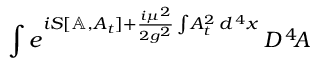
\int e ^ { i S [ \mathbb { A } , A _ { t } ] + { \frac { i \mu ^ { 2 } } { 2 g ^ { 2 } } } \int \! A _ { t } ^ { 2 } \, d ^ { \, 4 } x } \, { \cal D } ^ { \, 4 } \! A